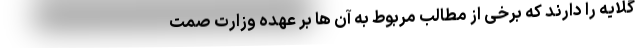
گلایه را دارند که برخی از مطالب مربوط به آن ها ‌بر عهده وزارت صمت